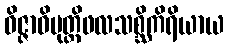
ဝိဇ္ဇာဝိမုတ္တိဖလသစ္ဆိကိရိယာယ